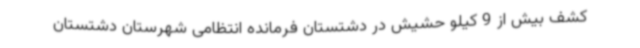
کشف بیش از 9 کیلو حشیش در دشتستان فرمانده انتظامی شهرستان دشتستان